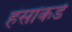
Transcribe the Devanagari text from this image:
हंसांकडे